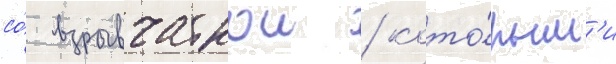
со́ взрывчаткои / кото́рым'и